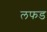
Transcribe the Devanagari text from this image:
लफड